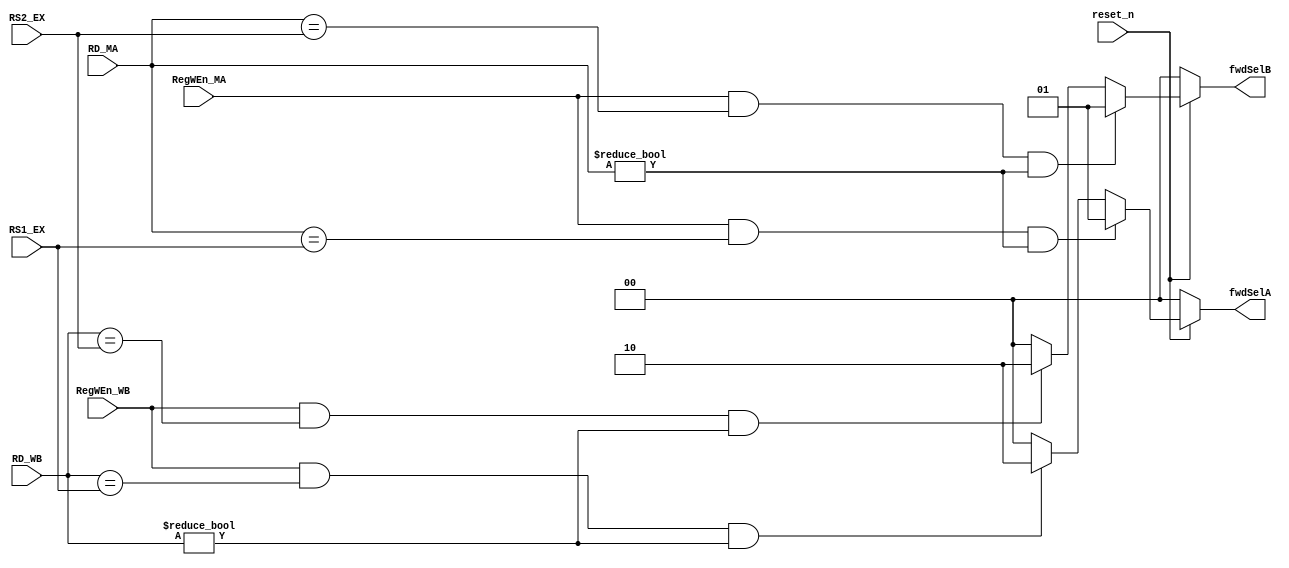
`timescale 1ns / 1ps
//-----------SELECTION TABLE-------------
//  fwdSel(A/B)     *      ALU_in(A/B)  *
//      00          *       regfile     *       //default
//      01          *       alu_ma      *
//      10          *       ma_wb       *
//      11          *       32'bx       *
//---------------------------------------  
module FowardingUnit(
    input           reset_n,
    input [4:0]     RS1_EX, 
                    RS2_EX, 
                    RD_MA, 
                    RD_WB,
    input           RegWEn_MA,
                    RegWEn_WB,
    output reg[1:0] fwdSelA, 
                    fwdSelB
    );
    always @(*) begin
        fwdSelA = 2'b00;
        fwdSelB = 2'b00;
        if(!reset_n) begin
            fwdSelA = 2'b00;
            fwdSelB = 2'b00;
        end
        else begin
            if((RegWEn_MA == 1'b1) && (RD_MA == RS1_EX) && (RD_MA != 0))
                fwdSelA = 2'b01;
            else if((RegWEn_WB == 1'b1) && (RD_WB == RS1_EX) && (RD_WB != 0))
                fwdSelA = 2'b10;
            if((RegWEn_MA == 1'b1) && (RD_MA == RS2_EX) && (RD_MA != 0))
                fwdSelB = 2'b01;
            else if((RegWEn_WB == 1'b1) && (RD_WB == RS2_EX) && (RD_WB != 0))
                fwdSelB = 2'b10;
        end
    end
endmodule